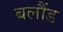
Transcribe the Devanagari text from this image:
बलौंड